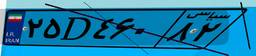
۴۰D۰۵۲۷۹